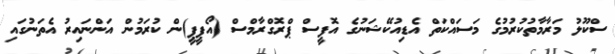
ސްކޫލު މަރާމާތުކުރުމުގެ މަސައްކަތް އެޑިއުކޭޝަނުގެ އޮފީސް ޕްރޮގްރާމްސް (އޯޕީޕީ)ން ކުރަމުން އަންނައިރު އެތަނުގައި